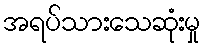
အရပ်သားသေဆုံးမှု